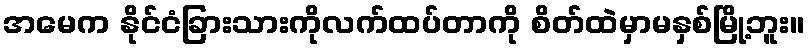
အမေက နိုင်ငံခြားသားကိုလက်ထပ်တာကို စိတ်ထဲမှာမနှစ်မြို့ဘူး။